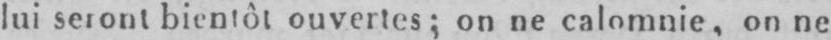
lui seront bientôt ouvertes; on ne calomnie, on ne